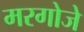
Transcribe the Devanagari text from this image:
मरगोजे